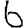
Digit: 6